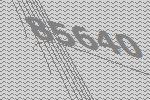
85640